Report on enteric fever
Disease focus: Fever
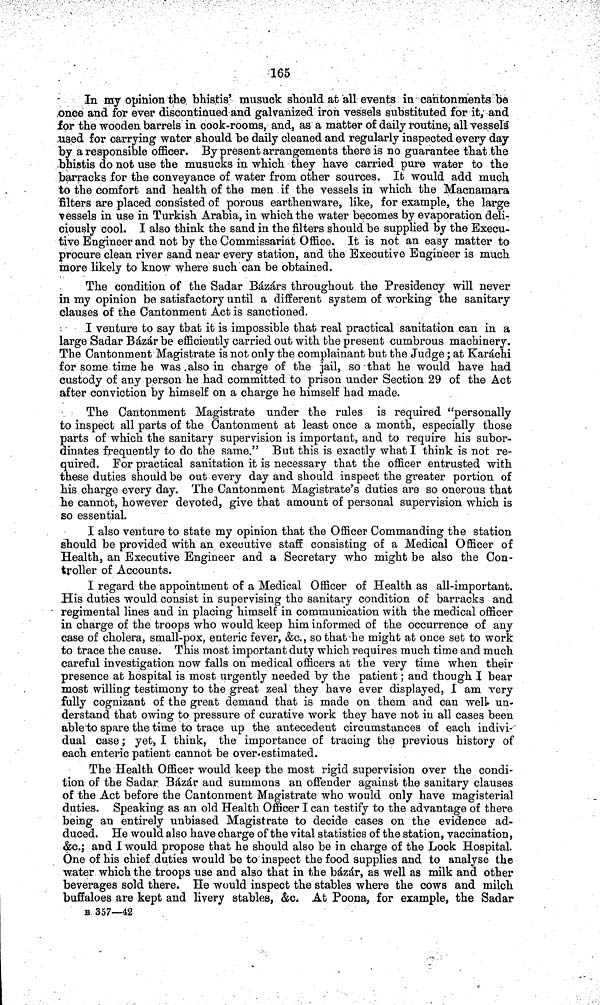
165
In my opinion the bhistis' musuck should at all events in cantonments be
once and for ever discontinued and galvanized iron vessels substituted for it, and
for the wooden barrels in cook-rooms, and, as a matter of daily routine, all vessels
used for carrying water should be daily cleaned and regularly inspected every day
by a responsible officer. By present arrangements there is no guarantee that the
bhistis do not use the musucks in which they have carried pure water to the
barracks for the conveyance of water from other sources. It would add much
to the comfort and health of the men if the vessels in which the Macnamara
filters are placed consisted of porous earthenware, like, for example, the large
vessels in use in Turkish Arabia, in which the water becomes by evaporation deli-
ciously cool. I also think the sand in the filters should be supplied by the Execu-
tive Engineer and not by the Commissariat Office. It is not an easy matter to
procure clean river sand near every station, and the Executive Engineer is much
more likely to know where such can be obtained.
The condition of the Sadar Bázárs throughout the Presidency will never
in my opinion be satisfactory until a different system of working the sanitary
clauses of the Cantonment Act is sanctioned.
I venture to say that it is impossible that real practical sanitation can in a
large Sadar Bázár be efficiently carried out with the present cumbrous machinery.
The Cantonment Magistrate is not only the complainant but the Judge; at Karáchi
for some time he was also in charge of the jail, so that he would have had
custody of any person he had committed to prison under Section 29 of the Act
after conviction by himself on a charge he himself had made.
The Cantonment Magistrate under the rules is required "personally
to inspect all parts of the Cantonment at least once a month, especially those
parts of which the sanitary supervision is important, and to require his subor-
dinates frequently to do the same." But this is exactly what I think is not re-
quired. For practical sanitation it is necessary that the officer entrusted with
these duties should be out every day and should inspect the greater portion of
his charge every day. The Cantonment Magistrate's duties are so onerous that
he cannot, however devoted, give that amount of personal supervision which is
so essential.
I also venture to state my opinion that the Officer Commanding the station
should be provided with an executive staff consisting of a Medical Officer of
Health, an Executive Engineer and a Secretary who might be also the Con-
troller of Accounts.
I regard the appointment of a Medical Officer of Health as all-important.
His duties would consist in supervising the sanitary condition of barracks and
regimental lines and in placing himself in communication with the medical officer
in charge of the troops who would keep him informed of the occurrence of any
case of cholera, small-pox, enteric fever, &c., so that he might at once set to work
to trace the cause. This most important duty which requires much time and much
careful investigation now falls on medical officers at the very time when their
presence at hospital is most urgently needed by the patient; and though I bear
most willing testimony to the great zeal they have ever displayed, I am very
fully cognizant of the great demand that is made on them and can well un-
derstand that owing to pressure of curative work they have not in all cases been
able to spare the time to trace up the antecedent circumstances of each indivi-
dual case ; yet, I think, the importance of tracing the previous history of
each enteric patient cannot be over-estimated.
The Health Officer would keep the most rigid supervision over the condi-
tion of the Sadar Bázár and summons an offender against the sanitary clauses
of the Act before the Cantonment Magistrate who would only have magisterial
duties. Speaking as an old Health Officer I can testify to the advantage of there
being an entirely unbiased Magistrate to decide cases on the evidence ad-
duced. He would also have charge of the vital statistics of the station, vaccination,
&c.; and I would propose that he should also be in charge of the Lock Hospital.
One of his chief duties would be to inspect the food supplies and to analyse the
water which the troops use and also that in the bazar, as well as milk and other
beverages sold there. He would inspect the stables where the cows and milch
buffaloes are kept and livery stables, &c. At Poona, for example, the Sadar
B 357—42